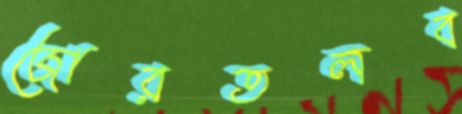
জোরতলব